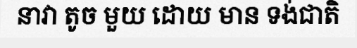
នាវា តូច មួយ ដោយ មាន ទង់ជាតិ